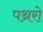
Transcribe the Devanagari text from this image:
पथ्ररो